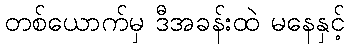
တစ်ယောက်မှ ဒီအခန်းထဲ မနေနှင့်